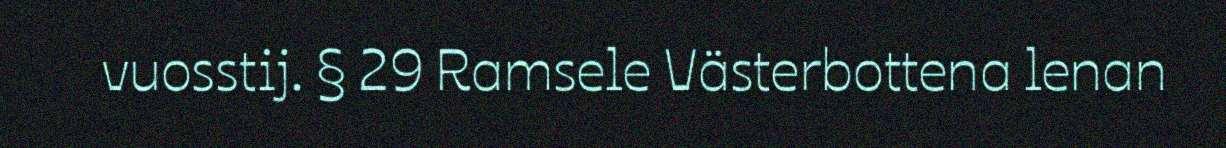
vuosstij. § 29 Ramsele Västerbottena lenan